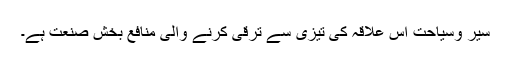
سیر وسیاحت اِس علاقہ کی تیزی سے ترقی کرنے والی منافع بخش صنعت ہے۔